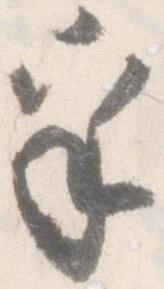
乎